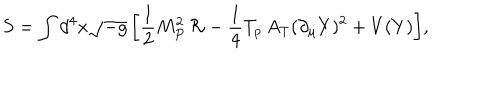
S = \int { d ^ { 4 } x \sqrt { - g } \left[ \frac { 1 } { 2 } M _ { P } ^ { 2 } \, \mathcal { R } - \frac { 1 } { 4 } T _ { p } \, A _ { T } ( \partial _ { \mu } Y ) ^ { 2 } + V ( Y ) \right] } ,